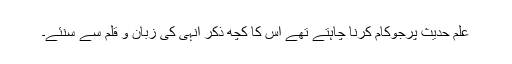
علم حدیث پرجوکام کرنا چاہتے تھے اس کا کچھ ذکر انہی کی زبان و قلم سے سنئے۔